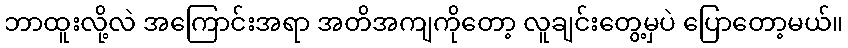
ဘာထူးလို့လဲ အကြောင်းအရာ အတိအကျကိုတော့ လူချင်းတွေ့မှပဲ ပြောတော့မယ်။